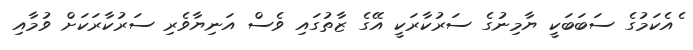
ެއެކަމުގެ ސަބަބަކީ ޔާމިނުގެ ސަރުކާރަކީ އޭގެ ޒާތުގައި ވެސް އަނިޔާވެރި ސަރުކާރަކަށް ވުމާއި